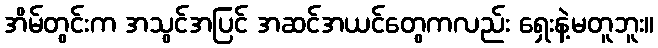
အိမ်တွင်းက အသွင်အပြင် အဆင်အယင်တွေကလည်း ရှေးနဲ့မတူဘူး။